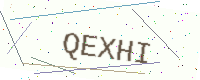
Text: QEXHI